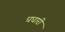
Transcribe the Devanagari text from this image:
धधारी